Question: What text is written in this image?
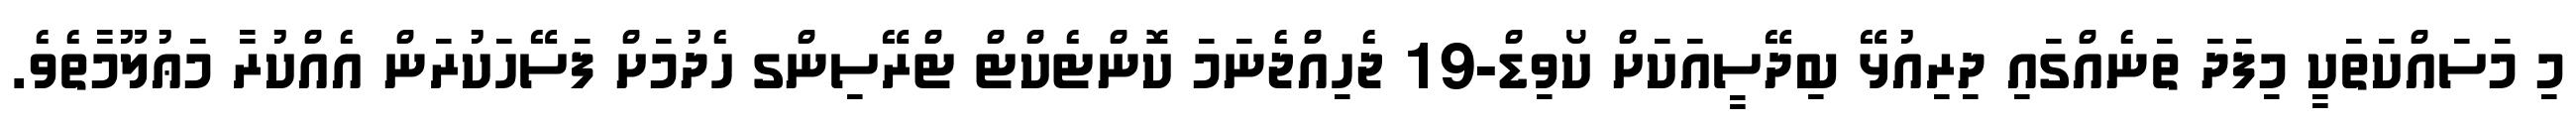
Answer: މި މަސައްކަތަކީ މިފަދަ ތަނެއްގައި ދިރިއުޅޭ ބިދޭސީއަކަށް ކޯވިޑް-19 ޖެހިއްޖެނަމަ ކޮންޓެކްޓް ޓްރޭސިންގ ހެދުމަށް ފަސޭހަކުރަން އެއްކުރާ މަޢުލޫމާތެވެ.